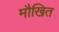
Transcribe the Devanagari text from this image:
मौखित